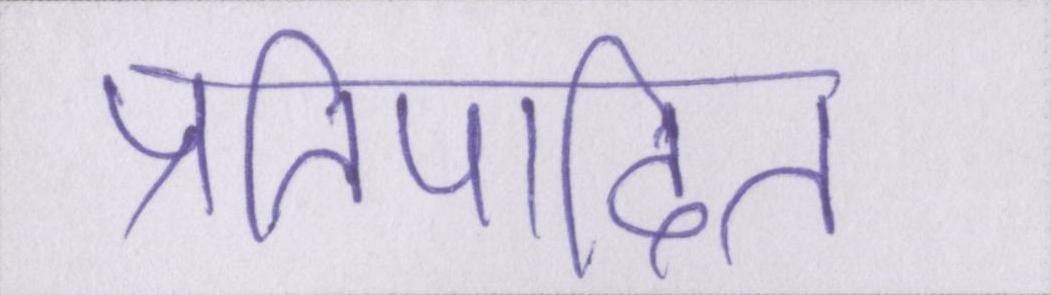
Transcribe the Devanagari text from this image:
प्रतिपादित